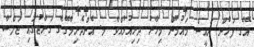
އޭގެ ފަހުން ރައީސް މައުމޫން މިހާރު ދިރިއުޅުއްވާ މ. އެންދެރިމާގޭގެ ގަރާޖުގައި ޖަލްސާ